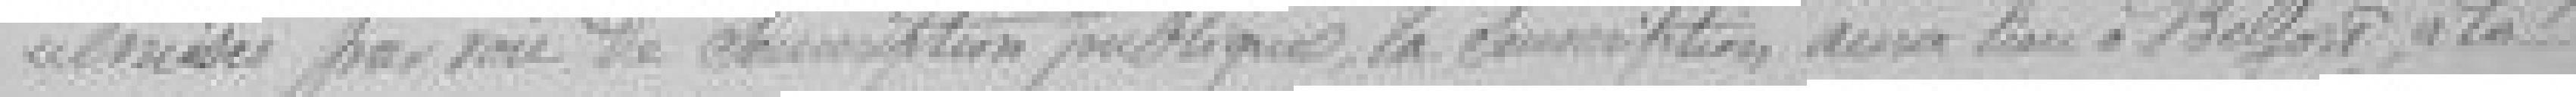
émises par voie de souscription publique, la souscription aura lieu à Belfort à la